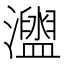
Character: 𤃗